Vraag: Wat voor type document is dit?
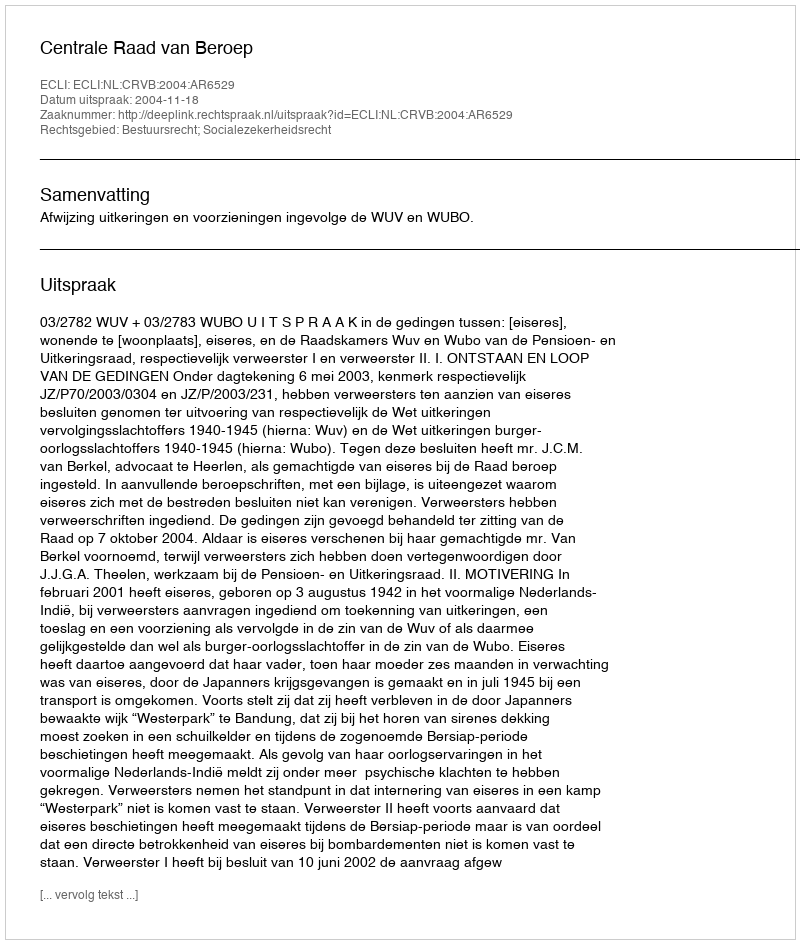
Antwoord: Uitspraak